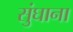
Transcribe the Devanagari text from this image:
सुंघाना